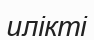
илікті